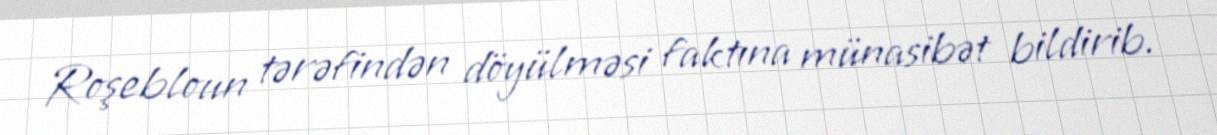
Roşebloun tərəfindən döyülməsi faktına münasibət bildirib.